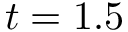
t = 1 . 5